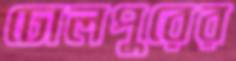
ঢোলপুরের